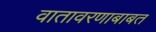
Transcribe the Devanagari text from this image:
वातावरणाबाबत